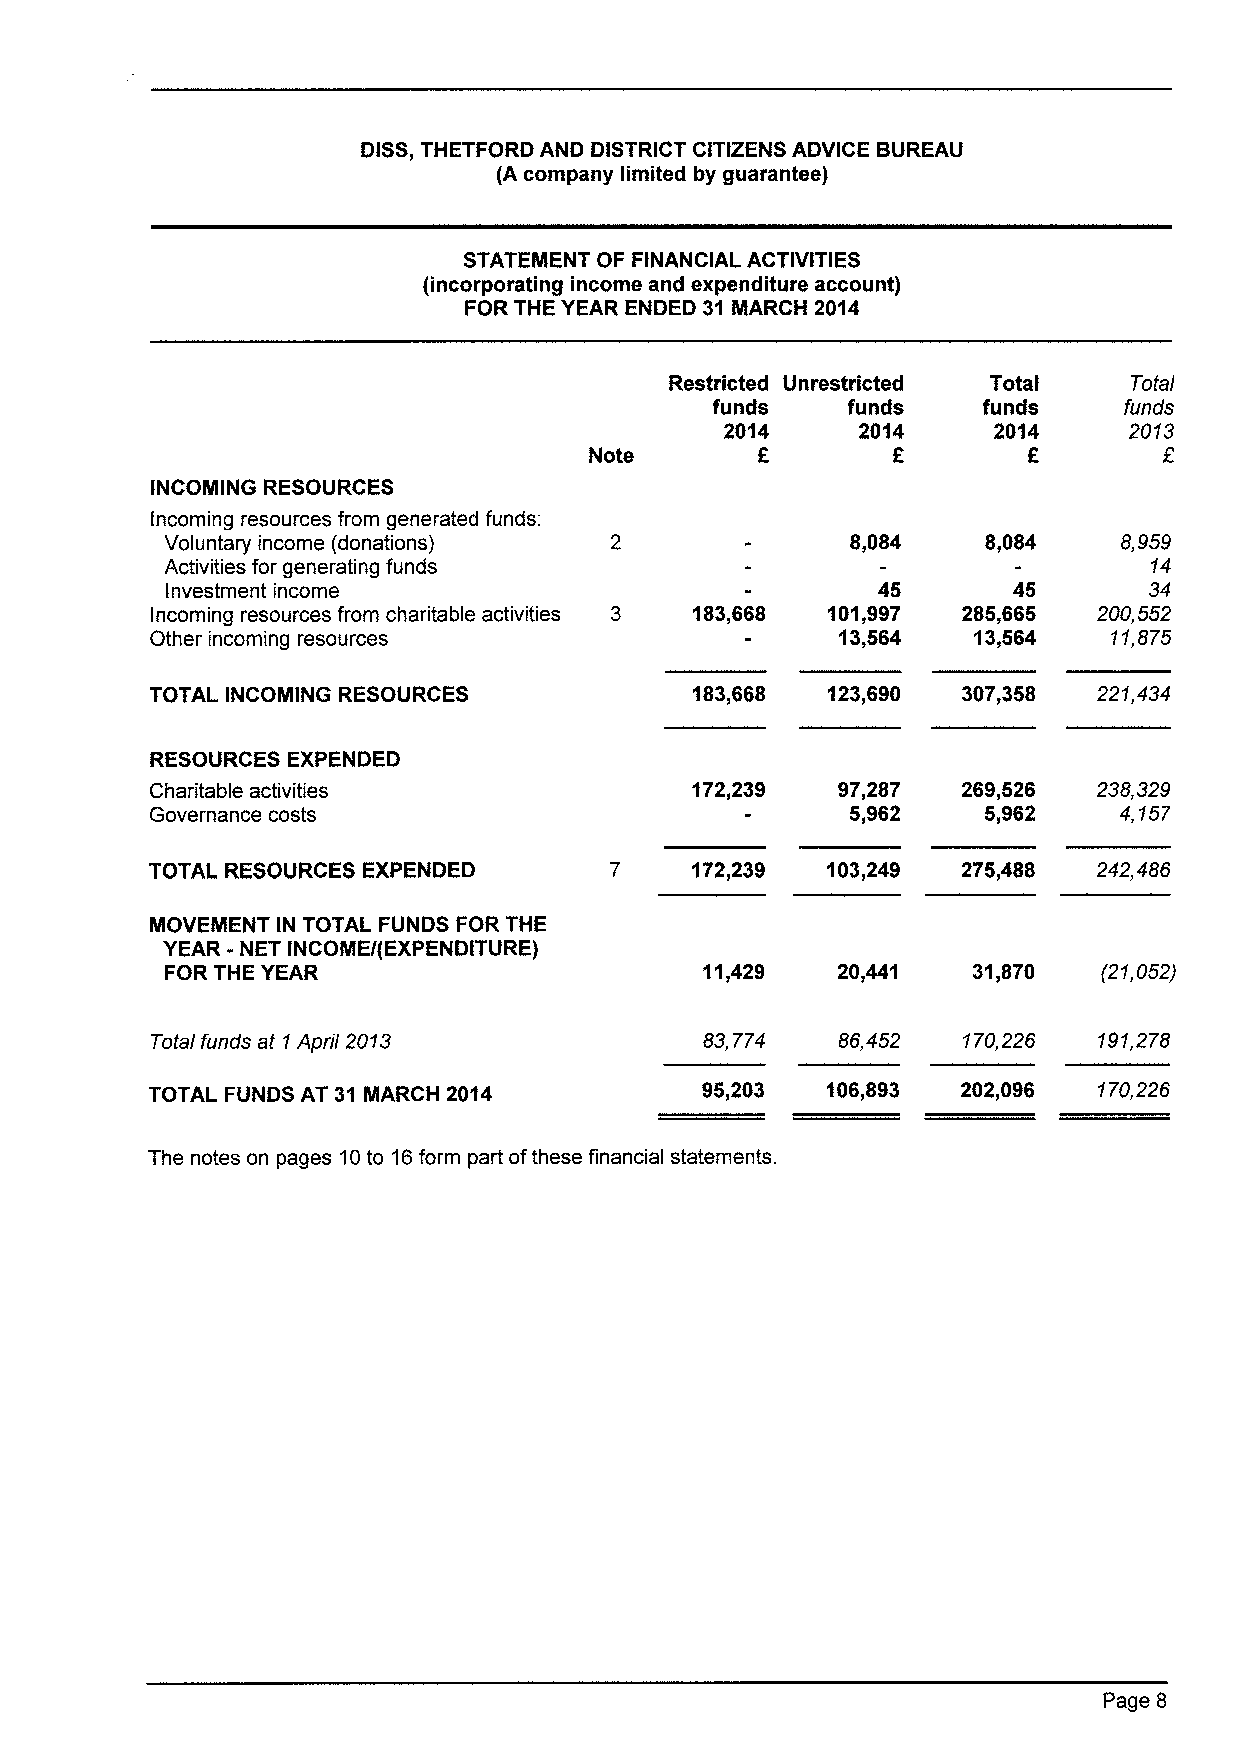
DISS,THETFORD AND DISTRICT CITIZENS ADVICE BUREAU
 (A company limited by guarantee)
 STATEMENT OF FINANCIAL ACTIVITIES
 (incorporating income and expenditure account)
 FOR THE YEAR ENDED 31 MARCH 2014
 Restricted Unrestricted Total  Total
 funds    funds    funds    funds
 2014     2014     2014     2013
 f
 Note
 INCOMING RESOURCES
 Incoming resources from generated funds:
 Voluntary income (donations) 2               8,084    8,084    8,959
 Activities for generating funds                                  14
 Investment income                              45       45       34
 Incoming resources from charitable activities 3 183,668 101,997 2&5,665 200,552
 Other incoming resources                      13,564  13,564    11,875
 TOTAL INCOMING RESOURCES            183,668  123„690  307,358  221,434
 RESOURCES EXPENDED
 Charitable activities               172,239  97,287   269,526  238,329
 Governance costs                              5,962    5,962    4,157
 TOTAL RESOURCES EXPENDED            172,239  103,249  275,488  242,486
 MOVEMENT IN TOTAL FUNDS FOR THE
 YEAR -NET INCOME/(EXPENDITURE)
 FOR THE YEAR                        11,429  20,441   31,870   (21,052)
 Total funds at 1April 2013           83,774   86,452  170,226  191,278
 TOTAL FUNDS AT 31 MARCH 2014        95,203   106,893  202,096  170,226
 The notes on pages 10to 16form part ofthese financial statements.
 Page 8